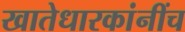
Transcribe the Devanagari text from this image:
खातेधारकांनींच